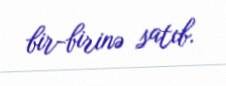
bir-birinə satıb.